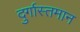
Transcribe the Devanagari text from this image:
दुर्गास्तमान